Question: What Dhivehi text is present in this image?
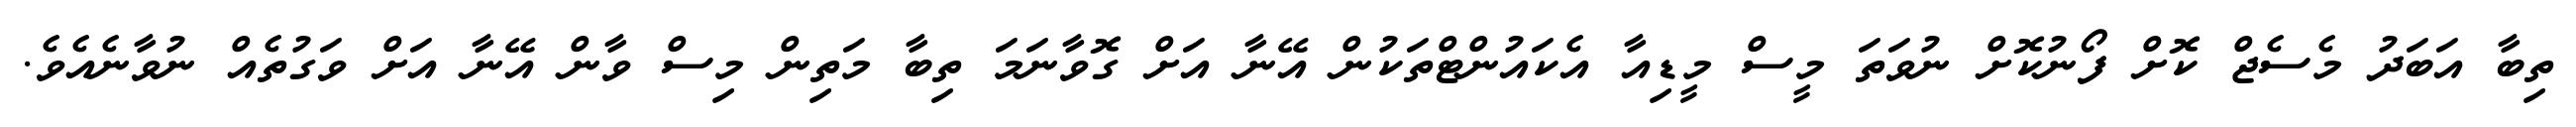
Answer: ތިބާ އަބަދު މެސެޖް ކޮށް ފޯނުކޮށް ނުވަތަ މީސް މީޑިއާ އެކައުންޓްތަކުން އޭނާ އަށް ގޮވާނަމަ ތިބާ މަތިން މިސް ވާން އޭނާ އަށް ވަގުތެއް ނުވާނެއެވެ.